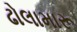
ઢોલામારૂ